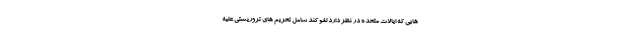
هایی که ایالات متحده در نظر دارد لغو کند شامل تحریم های تروریستی علیه